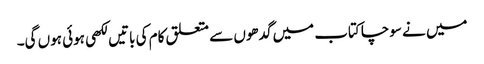
میں نے سوچا کتاب میں گدھوں سے متعلق کام کی باتیں لکھی ہوئی ہوں گی۔